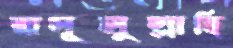
রাসূলুল্লাহি